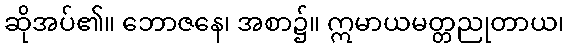
ဆိုအပ်၏။ ဘောဇနေ၊ အစာ၌။ ဣမာယမတ္တညုတာယ၊